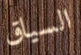
السياق